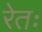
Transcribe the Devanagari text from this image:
रेतः